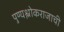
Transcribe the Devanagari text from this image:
पुण्यश्लोकराजाची